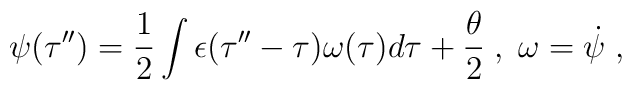
\psi(\tau^{\prime\prime})=\frac{1}{2}\int \epsilon(\tau^{\prime\prime}-\tau)\omega(\tau)d\tau+\frac {\theta}{2}\;,\; \omega={\dot \psi}\;,